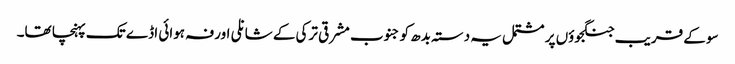
سو کے قریب جنگجوؤں پر مشتمل یہ دستہ بدھ کو جنوب مشرقی ترکی کے شانلی اورفہ ہوائی اڈے تک پہنچا تھا۔